Lunatic asylums in Bengal annual reports 1899-1911 - 1899-1911
Year: 1899
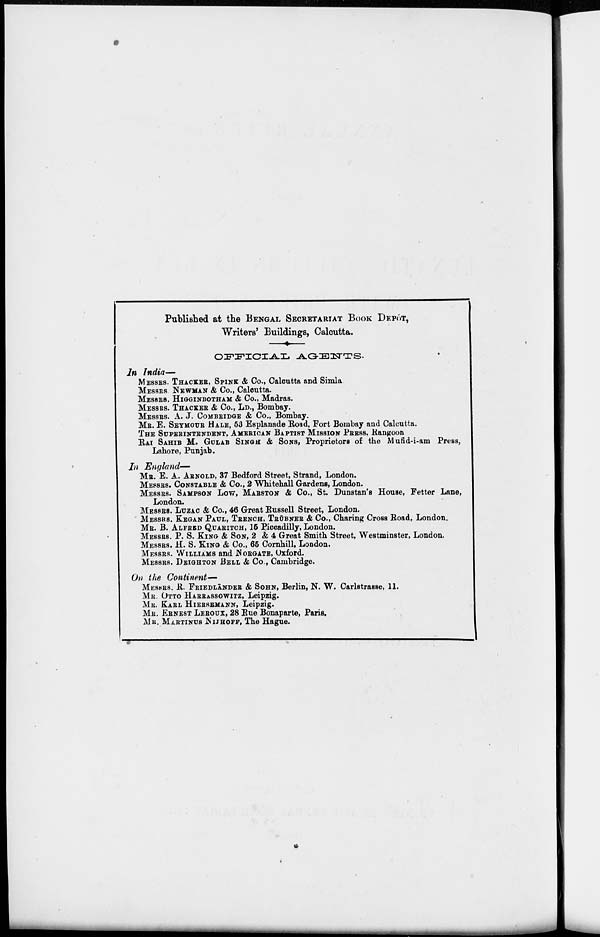
Published at the BENGAL SECRETARIAT BOOK DEPÔT,
Writers' Buildings, Calcutta.
OFFICIAL
AGENTS.
In India—
MESSRS. THACKER, SPINK & Co., Calcutta and Simla.
MESSRS. NEWMAN & Co., Calcutta.
MESSRS. HIGGINBOTHAM & Co., Madras.
MESSRS. THACKER & Co., LD., Bombay.
MESSRS. A. J. COMBRIDGE & Co., Bombay.
MR. E. SEYMOUR HALE, 53 Esplanade Road, Fort Bombay and Calcutta.
THE SUPERINTENDENT, AMERICAN BAPTIST MISSION PRESS. Rangoon
RAI SAHIB M. GULAB SINGH & SONS, Proprietors of the Mufid-i-am Press.
Lahore, Punjab.
In
England—
MR. E. A. ARNOLD, 37 Bedford Street, Strand, London.
MESSRS. CONSTABLE & Co., 2 Whitehall Gardens, London.
MESSRS. SAMPSON LOW, MARSTON
& Co., St. Dunstan's House, Fetter Lane,
London.
MESSRS. LUZAC & Co., 46 Great Russell Street, London.
MESSRS. KEGAN PAUL, TRENCH, TRÜBNER & Co., Charing Cross Road, London.
MR. B. ALFBRD QUARITCH, 15 Piccadilly, London.
MESSRS. P. S. KING & SON, 2 & 4 Great Smith Street, Westminster, London.
MESSRS. H. S. KING & Co., 65 Cornhill, London.
MESSRS. WILLIAMS and NORGATE, Oxford.
MESSRS. DEIGHTON BELL & Co., Cambridge.
On the
Continent—
MESSRS. R. FRIEDLÄNDER & SOHN, Berlin, N. W. Carlstrasse, 11.
MR. OTTO HARRASSOWITZ, Leipzig.
MR. KARL HIERSEMANN, Leipzig.
MR. ERNEST LEROUX, 28 Rue Bonaparte, Paris.
MR. MARTINUS NIJHOFF, The Hague.